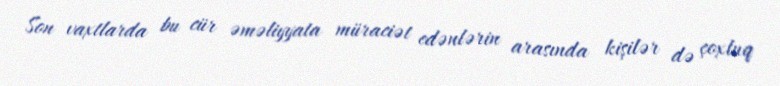
Son vaxtlarda bu cür əməliyyata müraciət edənlərin arasında kişilər də çoxluq